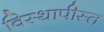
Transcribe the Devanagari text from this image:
विस्थापीस्त